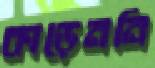
কাড়েননি